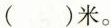
( )米。